Annual report on the Civil Veterinary Department, Burma (including the Insein Veterinary School) - 1910-1922
Year: 1910
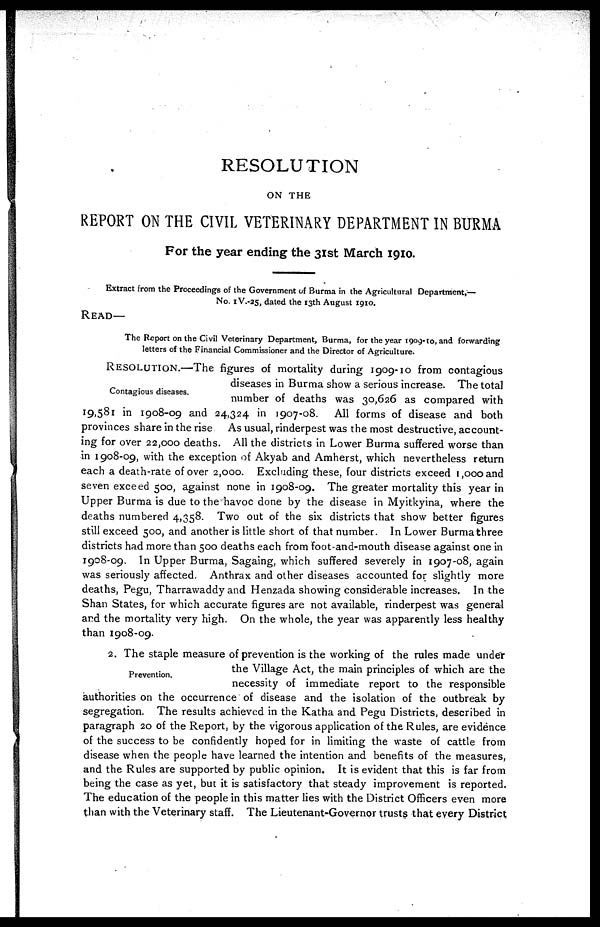
RESOLUTION
ON THE
REPORT ON THE CIVIL VETERINARY DEPARTMENT IN BURMA
For the year ending the 31st March 1910.
Extract from the Proceedings of the Government of Burma in the Agricultural Department,—
No. 1V.-25, dated the 13th August 1910.
READ—
The Report on the Civil Veterinary Department, Burma, for the year 1909-10, and forwarding
letters of the Financial Commissioner and the Director of Agriculture.
Contagious diseases.
RESOLUTION.—-The figures of mortality during 1909-10 from contagious
diseases in Burma show a serious increase. The total
number of deaths was 30,626 as compared with
19,581 in 1908-09 and 24,324 in 1907-08. All forms of disease and both
provinces share in the rise As usual, rinderpest was the most destructive, account-
ing for over 22,000 deaths. All the districts in Lower Burma suffered worse than
in 1908-09, with the exception of Akyab and Amherst, which nevertheless return
each a death-rate of over 2,000. Excluding these, four districts exceed 1,000 and
seven exceed 500, against none in 1908-09. The greater mortality this year in
Upper Burma is due to the havoc done by the disease in Myitkyina, where the
deaths numbered 4,358. Two out of the six districts that show better figures
still exceed 500, and another is little short of that number. In Lower Burma three
districts had more than 500 deaths each from foot-and-mouth disease against one in
1908-09. In Upper Burma, Sagaing, which suffered severely in 1907-08, again
was seriously affected. Anthrax and other diseases accounted for slightly more
deaths, Pegu, Tharrawaddy and Henzada showing considerable increases. In the
Shan States, for which accurate figures are not available, rinderpest was general
and the mortality very high. On the whole, the year was apparently less healthy
than 1908-09.
Prevention.
2. The staple measure of prevention is the working of the rules made under
the Village Act, the main principles of which are the
necessity of immediate report to the responsible
authorities on the occurrence of disease and the isolation of the outbreak by
segregation. The results achieved in the Katha and Pegu Districts, described in
paragraph 20 of the Report, by the vigorous application of the Rules, are evidence
of the success to be confidently hoped for in limiting the waste of cattle from
disease when the people have learned the intention and benefits of the measures,
and the Rules are supported by public opinion. It is evident that this is far from
being the case as yet, but it is satisfactory that steady improvement is reported.
The education of the people in this matter lies with the District Officers even more
than with the Veterinary staff. The Lieutenant-Governor trusts that every District